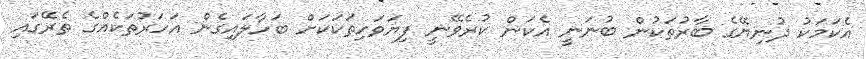
އެކަމަކު ދުނިޔޭގެ ބާރުތަކުން ބުނަނީ އެކަން ކުރެވޭނީ ފިޔަވަހިތަކަކަށް ބަހާލައިގެން އަހަރުތަކެއްގެ ތެރޭގައި